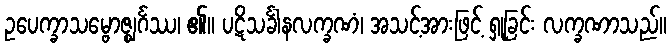
ဥပေက္ခာသမ္ဗောဇ္ဈင်္ဂဿ၊ ၏။ ပဋိသင်္ခါနလက္ခဏံ၊ အသင့်အားဖြင့် ရှုခြင်း လက္ခဏာသည်။